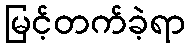
မြင့်တက်ခဲ့ရာ